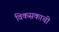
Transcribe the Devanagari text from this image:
विकसकाची